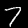
Digit: 7